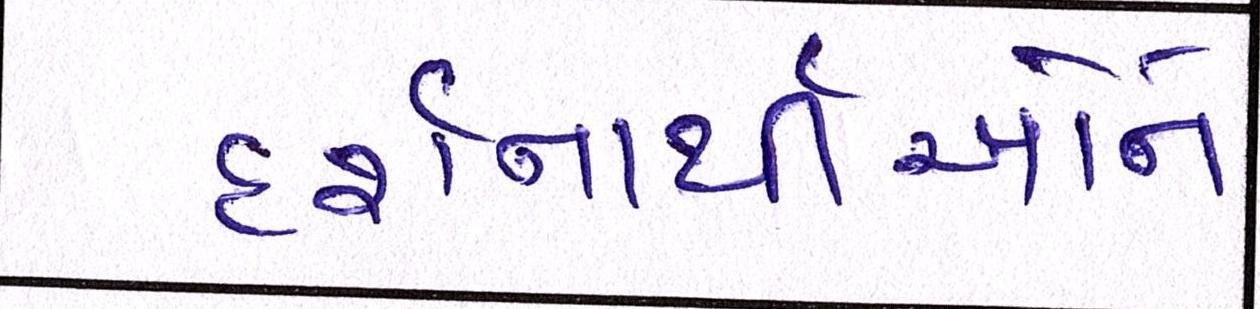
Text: દર્શનાર્થીઓને